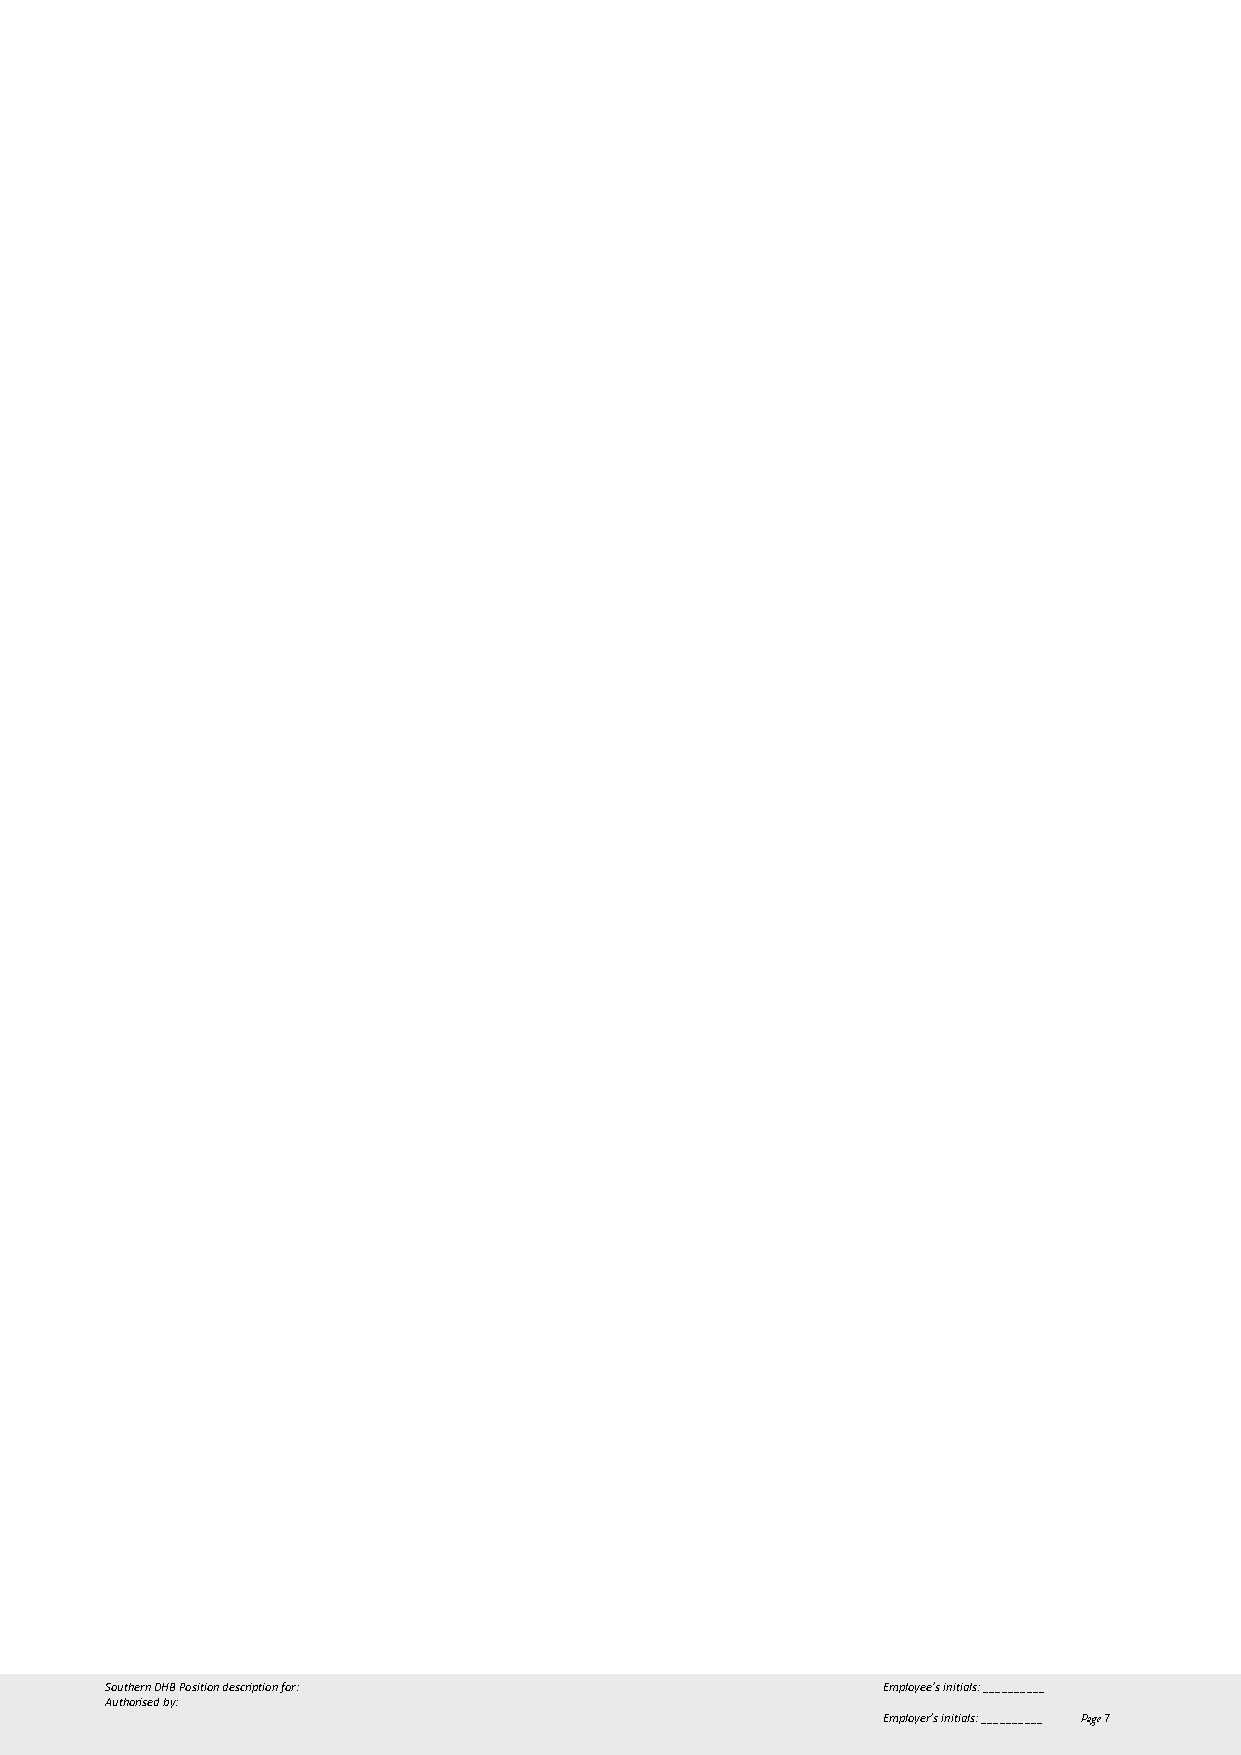
Southern DHB Position description for:             Employee’s initials: __________
 Authorised by:
 Employer’s initials: __________ Page 7